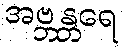
အဗ္ဘန္တရေ